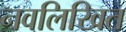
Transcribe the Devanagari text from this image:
नवलिखित